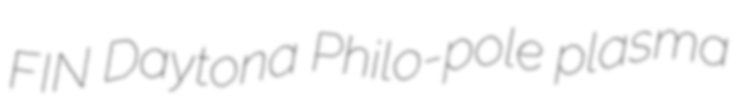
FIN Daytona Philo-pole plasma